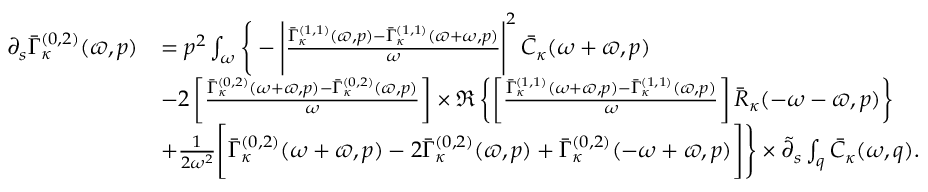
\begin{array} { r l } { \partial _ { s } \bar { \Gamma } _ { \kappa } ^ { ( 0 , 2 ) } ( \varpi , p ) } & { = p ^ { 2 } \int _ { \omega } \Bigg \{ - \Bigg | \frac { \bar { \Gamma } _ { \kappa } ^ { ( 1 , 1 ) } ( \varpi , p ) - \bar { \Gamma } _ { \kappa } ^ { ( 1 , 1 ) } ( \varpi + \omega , p ) } { \omega } \Bigg | ^ { 2 } \, \bar { C } _ { \kappa } ( \omega + \varpi , p ) } \\ & { - 2 \left[ \frac { \bar { \Gamma } _ { \kappa } ^ { ( 0 , 2 ) } ( \omega + \varpi , p ) - \bar { \Gamma } _ { \kappa } ^ { ( 0 , 2 ) } ( \varpi , p ) } { \omega } \right] \times \Re \left\{ \left[ \frac { \bar { \Gamma } _ { \kappa } ^ { ( 1 , 1 ) } ( \omega + \varpi , p ) - \bar { \Gamma } _ { \kappa } ^ { ( 1 , 1 ) } ( \varpi , p ) } { \omega } \right] \bar { R } _ { \kappa } ( - \omega - \varpi , p ) \right\} } \\ & { + \frac 1 { 2 \omega ^ { 2 } } \Bigg [ \bar { \Gamma } _ { \kappa } ^ { ( 0 , 2 ) } ( \omega + \varpi , p ) - 2 \bar { \Gamma } _ { \kappa } ^ { ( 0 , 2 ) } ( \varpi , p ) + \bar { \Gamma } _ { \kappa } ^ { ( 0 , 2 ) } ( - \omega + \varpi , p ) \Bigg ] \Bigg \} \times \tilde { \partial } _ { s } \int _ { q } \bar { C } _ { \kappa } ( \omega , q ) . } \end{array}